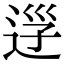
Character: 𨒰